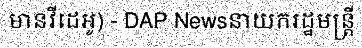
មានវីដេអូ) - DAP Newsនាយករដ្ឋមន្ត្រី